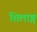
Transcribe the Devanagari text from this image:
शिलाङ्ग